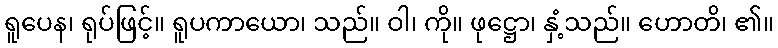
ရူပေန၊ ရုပ်ဖြင့်။ ရူပကာယော၊ သည်။ ဝါ၊ ကို။ ဖုဋ္ဌော၊ နှံ့သည်။ ဟောတိ၊ ၏။